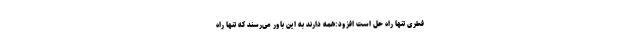
فطری تنها راه حل است افزود:همه دارند به این باور می‌رسند که تنها راه